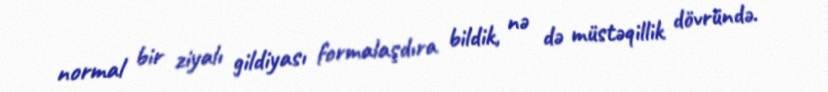
normal bir ziyalı gildiyası formalaşdıra bildik, nə də müstəqillik dövründə.